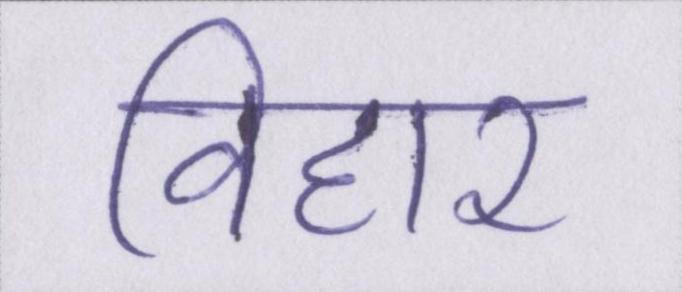
विहार